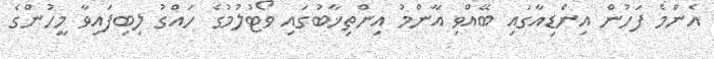
އެންމެ ފަހުން އިންޑިއާގައި ބޭއްވި އާންމު އިންތިޚާބުގައި ވޯޓުލުމުގެ ހައްގު ލިބިފައިވާ މީހުންގެ